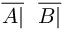
{ \overline { { A | } } } \ \ { \overline { { B | } } }